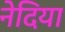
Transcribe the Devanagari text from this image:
नेदिया